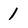
Character: 1